King Institute of Preventive Medicine Bacteriolog. Section reports 1907-08
Year: 1907
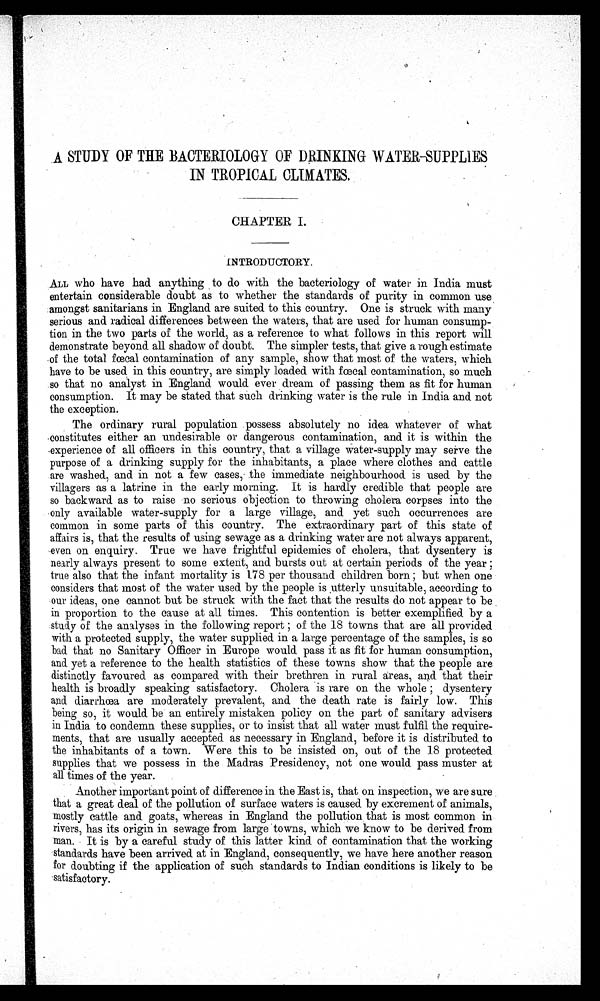
A STUDY OF THE BACTERIOLOGY OF DRINKING WATER-SUPPLIES
IN TROPICAL CLIMATES.
•
CHAPTER I.
INTRODUCTORY.
ALL who have had anything to do with the bacteriology of water in India must
entertain considerable doubt as to whether the standards of purity in common use
amongst sanitarians in England are suited to this country. One is struck with many
serious and radical differences between the waters, that are used for human consump-
tion in the two parts of the world, as a reference to what follows in this report will
demonstrate beyond all shadow of doubt. The simpler tests, that give a rough estimate
of the total fœcal contamination of any sample, show that most of the waters, which
have to be used. in this country, are simply loaded with fœcal contamination, so much
so that no analyst in England would ever dream of passing them as fit for human
consumption. It may be stated that such drinking water is the rule in India and not
the exception.
The ordinary rural population possess absolutely no idea whatever of what
constitutes either an undesirable or dangerous contamination, and it is within the
experience of all officers in this country, that a village water-supply may serve the
purpose of a drinking supply for the inhabitants, a place where clothes and cattle
are washed, and in not a few cases, the immediate neighbourhood is used by the
villagers as a latrine in the early morning. It is hardly credible that people are
so backward as to raise no serious objection to throwing cholera corpses into the
only available water-supply for a large village, and yet such occurrences are
common in some parts of this country. The extraordinary part of this state of
affairs is, that the results of using sewage as a drinking water are not always apparent,
even on enquiry. True we have frightful epidemics of cholera, that dysentery is
nearly always present to some extent, and bursts out at certain periods of the year ;
true also that the infant mortality is 178 per thousand children born ; but when one
considers that most of the water used by the people is utterly unsuitable, according to
our ideas, one cannot but be struck with the fact that the results do not appear to be
in proportion to the cause at all times. This contention is better exemplified by a
study of the analyses in the following report ; of the 18 towns that are all provided
with a protected supply, the water supplied in a large percentage of the samples, is so
bad that no Sanitary Officer in Europe would pass it as fit for human consumption,
and yet a reference to the health statistics of these towns show that the people are
distinctly favoured as compared with their brethren in rural areas, and that their
health is broadly speaking satisfactory. Cholera is rare on the whole ; dysentery
and diarrhoea are moderately prevalent, and the death rate is fairly low. This
being so, it would be an entirely mistaken policy on the part of sanitary advisers
in India to condemn these supplies, or to insist that all water must fulfil the require-
ments, that are usually accepted as necessary in England, before it is distributed to
the inhabitants of a town. Were this to be insisted on, out of the 18 protected
supplies that we possess in the Madras Presidency, not one would pass muster at
all times of the year.
Another important point of difference in the East is, that on inspection, we are sure
that a great deal of the pollution of surface waters is caused by excrement of animals,
mostly cattle and goats, whereas in England the pollution that is most common in
rivers, has its origin in sewage from large towns, which we know to be derived from
man. It is by a careful study of this latter kind of contamination that the working
standards have been arrived at in England, consequently, we have here another reason
for doubting if the application of such standards to Indian conditions is likely to be
satisfactory.